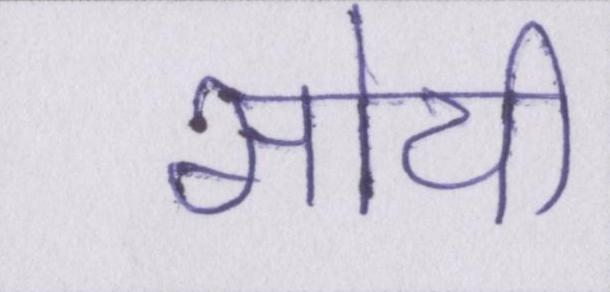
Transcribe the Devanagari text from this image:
सोयी